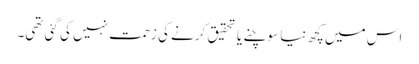
اس میں کچھ نیا سوچنے یا تحقیق کرنے کی زحمت نہیں کی گئی تھی۔